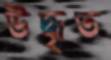
উদ্ধৃত